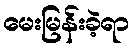
မေးမြန်းခဲ့ရာ